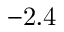
\mathrm { - 2 . 4 }